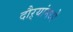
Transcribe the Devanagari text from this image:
दौऱ्यांमध्ये